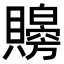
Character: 𧸨